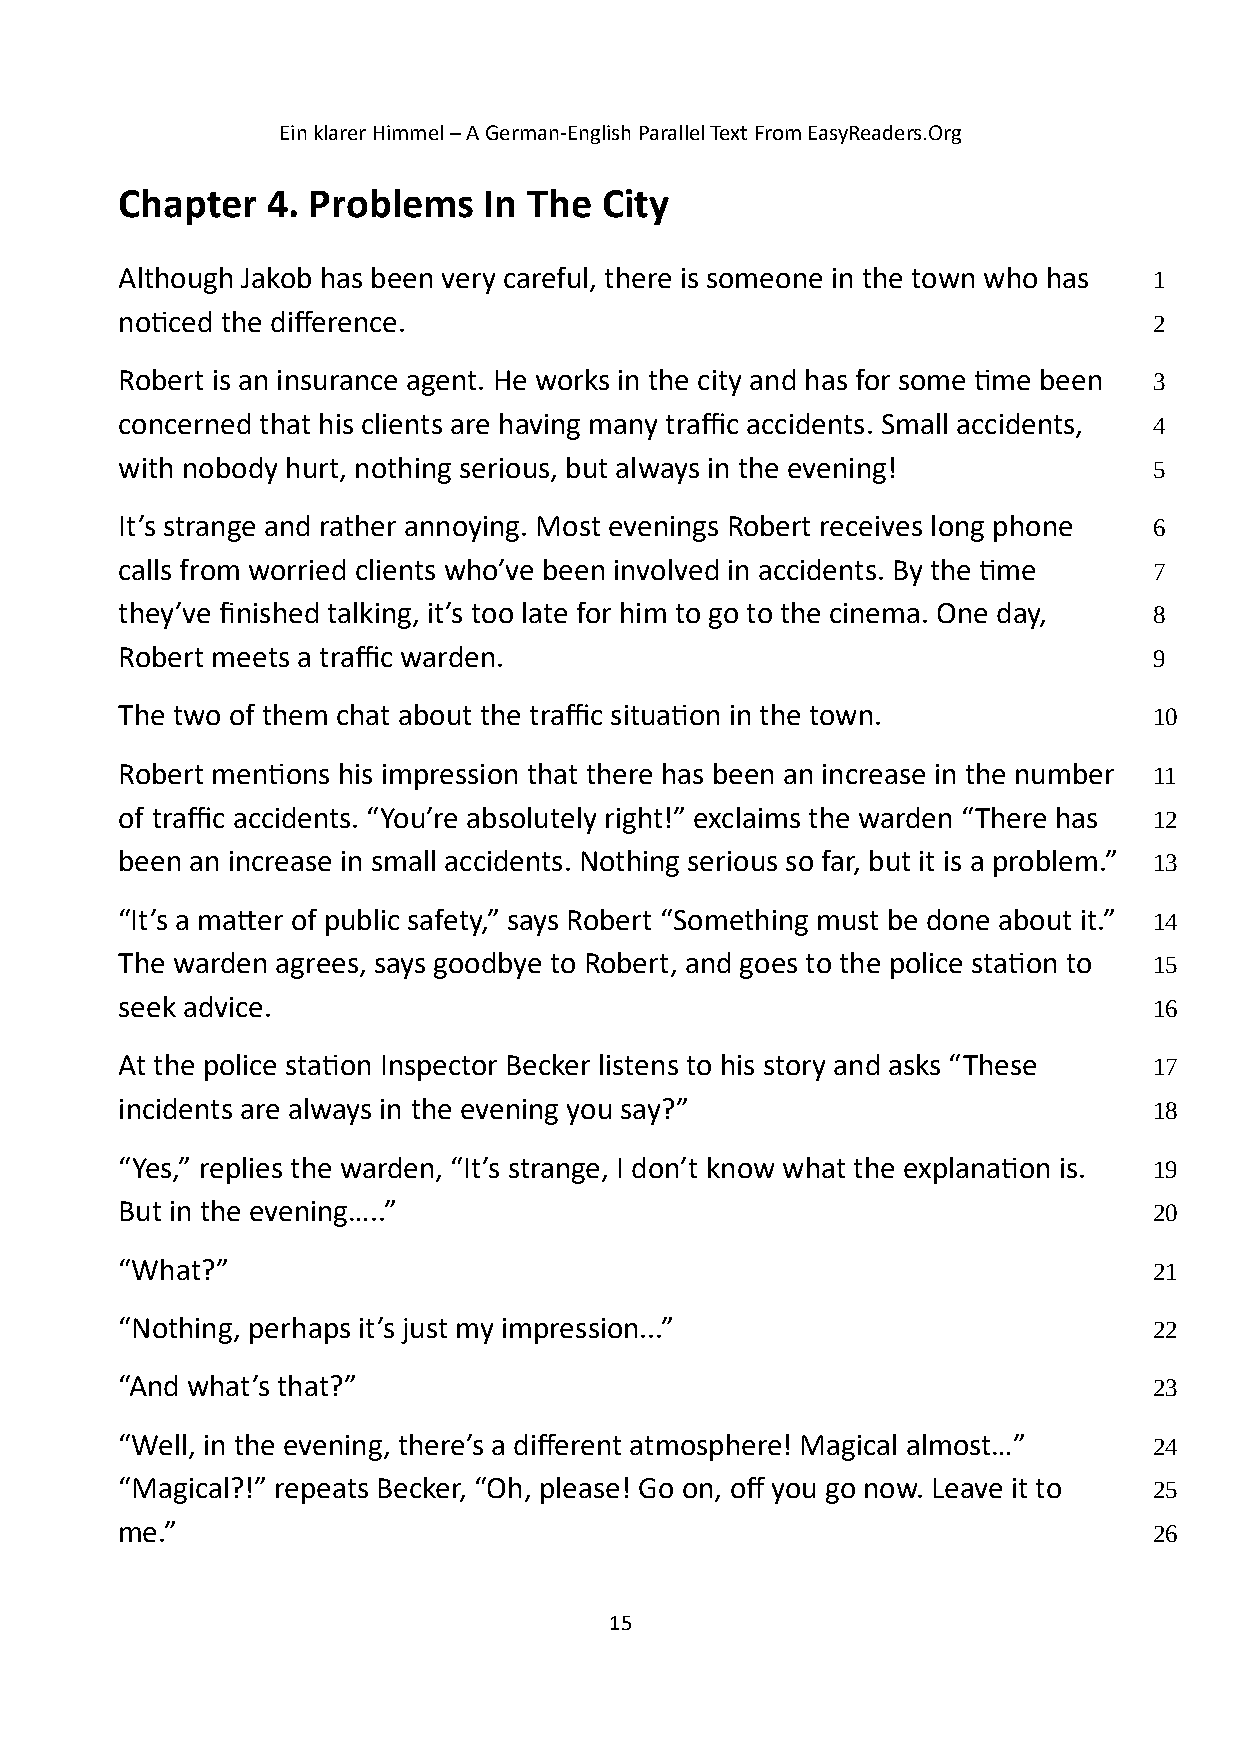
Ein klarer Himmel – A German-English Parallel Text From EasyReaders.Org
 Chapter   4. Problems   In The  City
 Although Jakob has been very careful, there is someone in the town who has 1
 noticed the difference.                                             2
 Robert is an insurance agent. He works in the city and has for some time been 3
 concerned that his clients are having many traffic accidents. Small accidents, 4
 with nobody hurt, nothing serious, but always in the evening!       5
 It’s strange and rather annoying. Most evenings Robert receives long phone 6
 calls from worried clients who’ve been involved in accidents. By the time 7
 they’ve finished talking, it’s too late for him to go to the cinema. One day, 8
 Robert meets a traffic warden.                                      9
 The two of them chat about the traffic situation in the town.       10
 Robert mentions his impression that there has been an increase in the number 11
 of traffic accidents. “You’re absolutely right!” exclaims the warden “There has 12
 been an increase in small accidents. Nothing serious so far, but it is a problem.” 13
 “It’s a matter of public safety,” says Robert “Something must be done about it.” 14
 The warden agrees, says goodbye to Robert, and goes to the police station to 15
 seek advice.                                                        16
 At the police station Inspector Becker listens to his story and asks “These 17
 incidents are always in the evening you say?”                       18
 “Yes,” replies the warden, “It’s strange, I don’t know what the explanation is. 19
 But in the evening…..”                                              20
 “What?”                                                             21
 “Nothing, perhaps it’s just my impression...”                       22
 “And what’s that?”                                                  23
 “Well, in the evening, there’s a different atmosphere! Magical almost…” 24
 “Magical?!” repeats Becker, “Oh, please! Go on, off you go now. Leave it to 25
 me.”                                                                26
 15